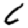
Digit: 6